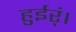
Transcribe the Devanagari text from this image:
हुईर्ं।